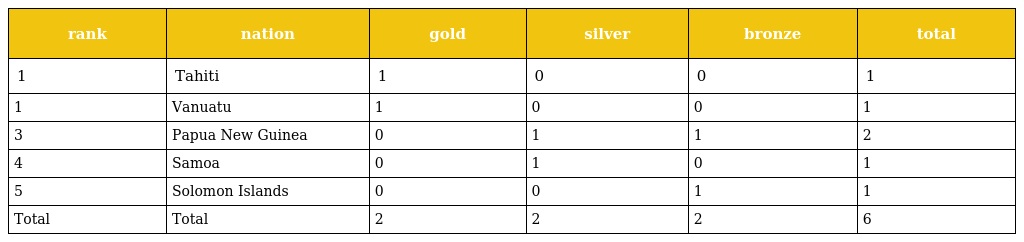
| rank | nation | gold | silver | bronze | total |
 | --- | --- | --- | --- | --- | --- |
 | 1 | Tahiti | 1 | 0 | 0 | 1 |
 | 1 | Vanuatu | 1 | 0 | 0 | 1 |
 | 3 | Papua New Guinea | 0 | 1 | 1 | 2 |
 | 4 | Samoa | 0 | 1 | 0 | 1 |
 | 5 | Solomon Islands | 0 | 0 | 1 | 1 |
 | Total | Total | 2 | 2 | 2 | 6 |